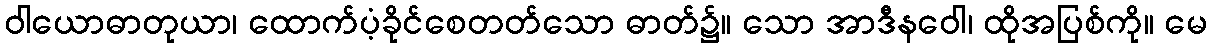
ဝါယောဓာတုယာ၊ ထောက်ပံ့ခိုင်စေတတ်သော ဓာတ်၌။ သော အာဒီနဝေါ၊ ထိုအပြစ်ကို။ မေ